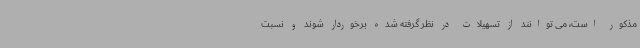
مذکور است، می توانند از تسهیلات در نظر گرفته شده برخوردار شوند و نسبت